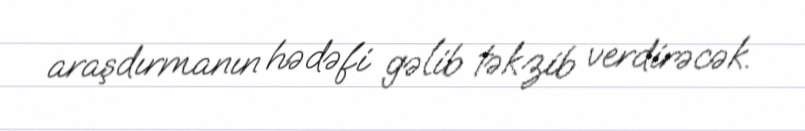
araşdırmanın hədəfi gəlib təkzib verdirəcək.